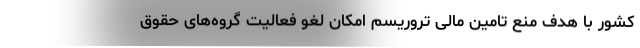
کشور با هدف منع تامین مالی تروریسم امکان لغو فعالیت گروه‌های حقوق